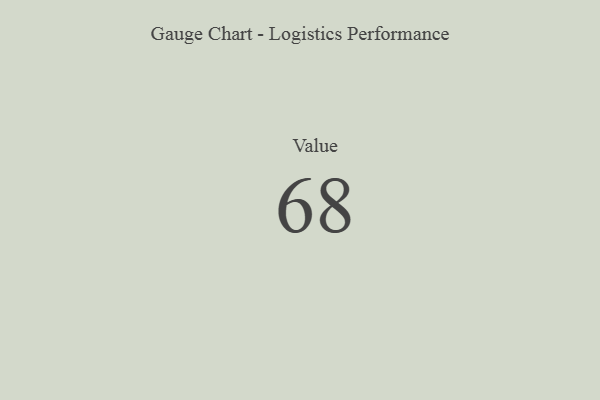
{"axis": {"x": "Metric", "y": "Value"}, "legend": [""], "data": [{"x": "Value", "y": 68, "type": ""}]}